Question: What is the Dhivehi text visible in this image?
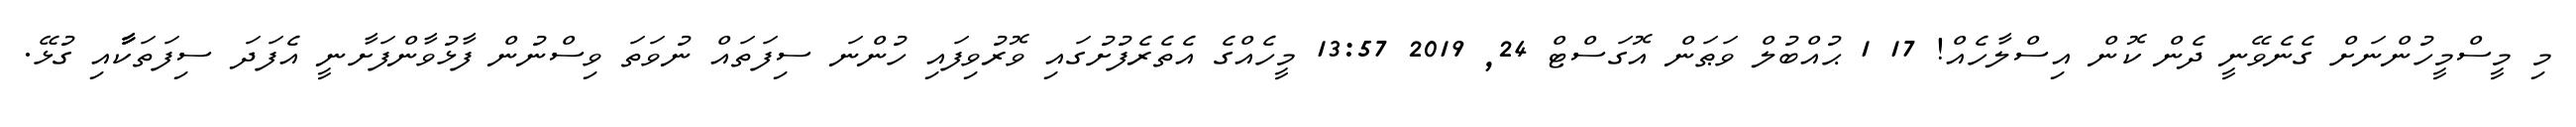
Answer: މި މީސްމީހުންނަށް ގެނެވޭނީ ދެން ކޮން އިސްލާހެއް! 17 1 ޙުއްބުލް ވަޠަން އޮގަސްޓް 24, 2019 13:57 މީހެއްގެ އެތެރެފުށުގައި ވޮރުވިފައި ހުންނަ ސިފަތައް ނުވަތަ ވިސްނުން ފާޅުވާންފަށާނީ އެފަދަ ސިފަތަކާާާާއި ގުޅޭ.